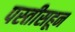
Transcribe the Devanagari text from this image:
पस्‍तीसहून